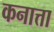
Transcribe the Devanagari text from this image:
कनात्ता